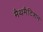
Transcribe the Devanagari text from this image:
मैथमैटिशन